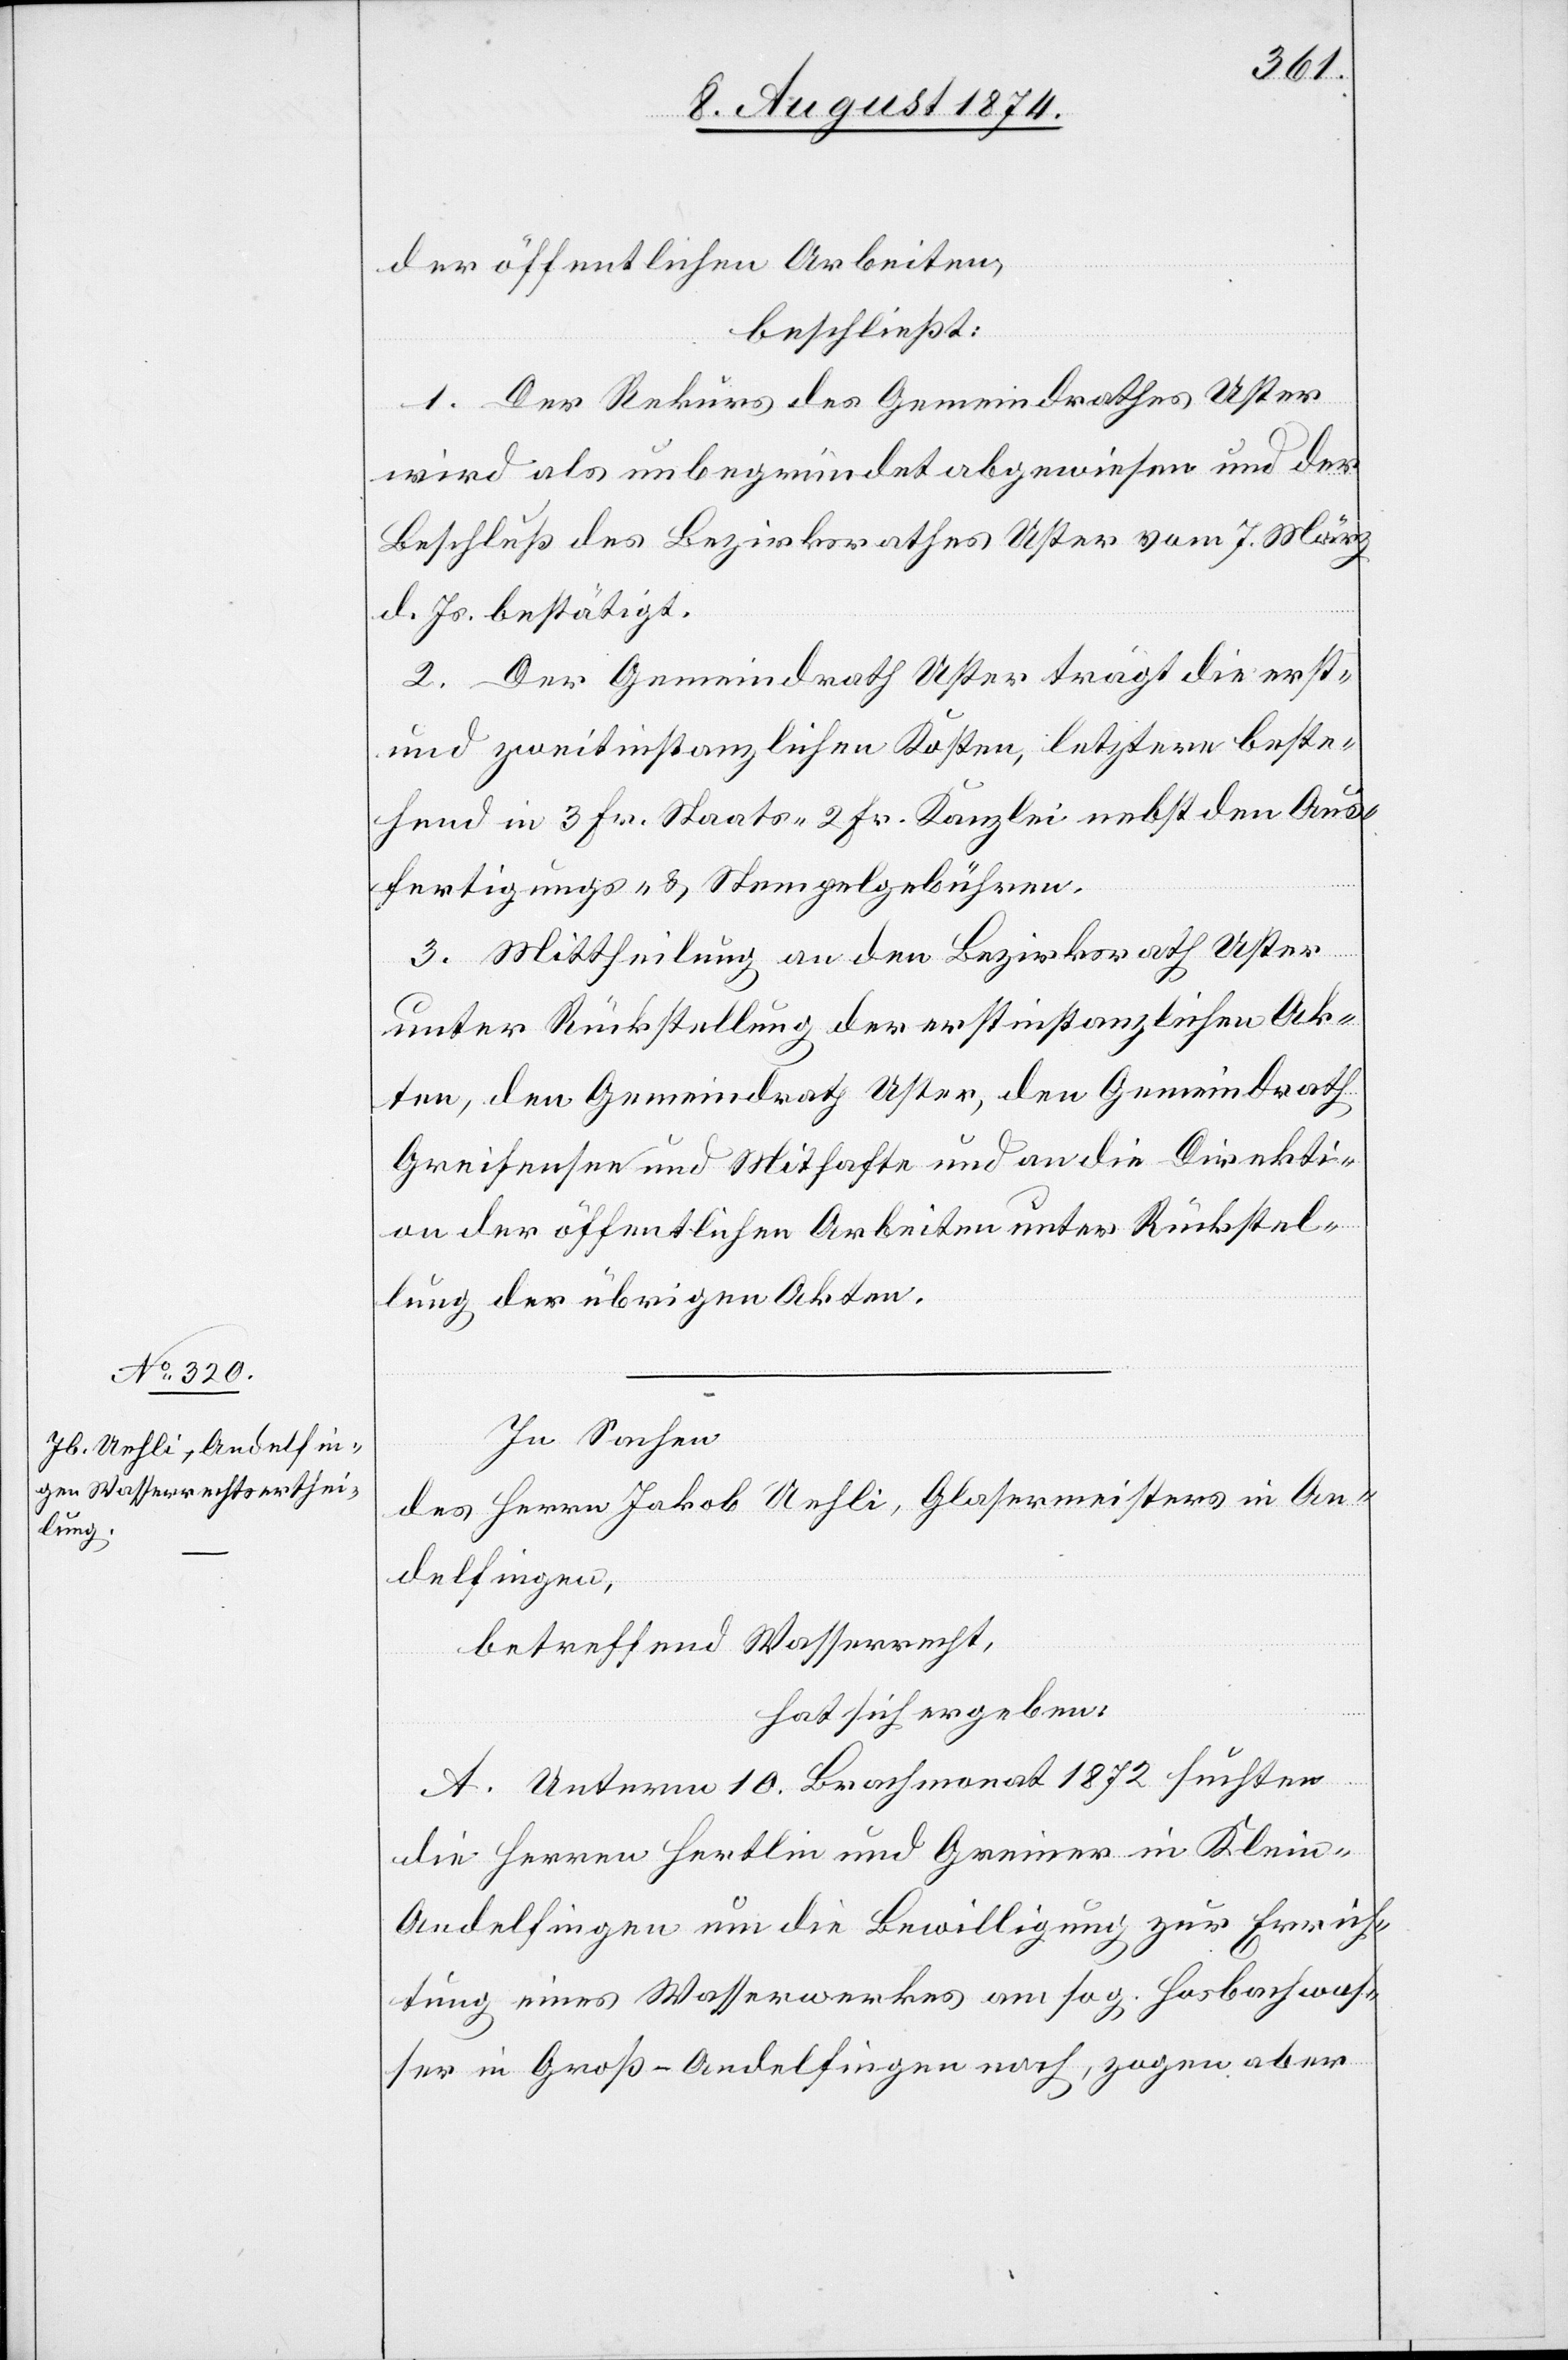
der öffentlichen Arbeiten,
beschließt:
1. Der Rekurs des Gemeindrathes Uster
wird als unbegründet abgewiesen und der
Beschluß des Bezirksrathes Uster vom 7. März
d. Js. bestätigt.
2. Der Gemeindrath Uster trägt die erst-
und zweitinstanzlichen Kosten, letztere beste¬
hend in 3 Fr. Staats- [,] 2 Fr. Kanzlei nebst den Aus¬
fertigungs- u. Stempelgebühren.
3. Mittheilung an den Bezirksrath Uster
unter Rückstellung der erstinstanzlichen Ak¬
ten, den Gemeindrath Uster, den Gemeindrath
Greifensee und Mithafte und an die Direkti¬
on der öffentlichen Arbeiten unter Rückstel¬
lung der übrigen Akten.
In Sachen
des Herrn Jakob Uehli, Glasermeisters in An¬
delfingen,
betreffend Wasserrecht,
hat sich ergeben:
A. Unterm 10. Brachmonat 1872 suchten
die Herren Hertlin und Greiner in Klei¬
n-Andelfingen um die Bewilligung zur Errich¬
tung eines Wasserwerkes am sog. Hosbachwas¬
ser in Groß-Andelfingen nach, zogen aber